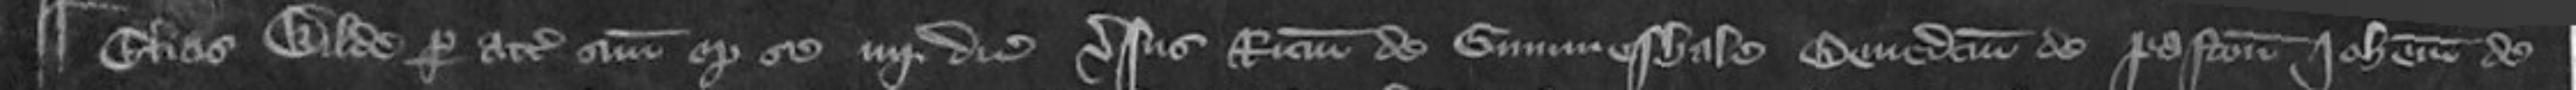
¶ Elias Wilde per attornatum suum optulit se quarto die versus Ricardum de Gummeshale Benedictum de Paston Johannem de